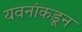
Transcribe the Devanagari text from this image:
यवनांकडून